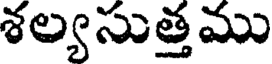
శల్యసుత్తము